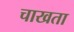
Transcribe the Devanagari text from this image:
चाखता